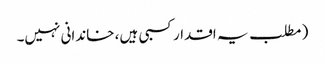
( مطلب یہ اقدار کسبی ہیں، خاندانی نہیں۔